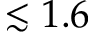
\lesssim 1 . 6